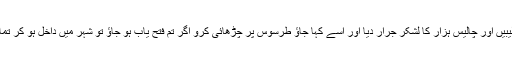
بادشاہ نے اس جرنیل کو معزول کر کے ایک اور جرنیل کو بلوایا اور اسے چار صلیبیں اور چالیس ہزار کا لشکر جرار دیا اور اسے کہا جاؤ طرسوس پر چڑھائی کرو اگر تم فتح یاب ہو جاؤ تو شہر میں داخل ہو کر تمام مردوں کو قتل کر دینا اور وہاں کی عورتوں کو اور بچوں کو قیدی بنا کر لے آنا ۔